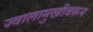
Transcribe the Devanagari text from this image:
ज्वालामुखीवरून